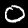
Label: 0